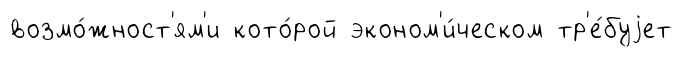
возмо́жност'ям'и кото́рой эконом'и́ческом тр'е́буjет